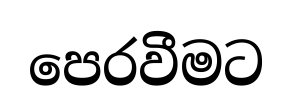
පෙරවීමට